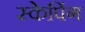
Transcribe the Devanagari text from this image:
स्केपिंग